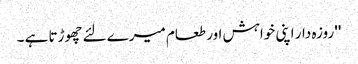
'' روزہ دار اپنی خواہش اور طعام میرے لئے چھوڑتا ہے ۔